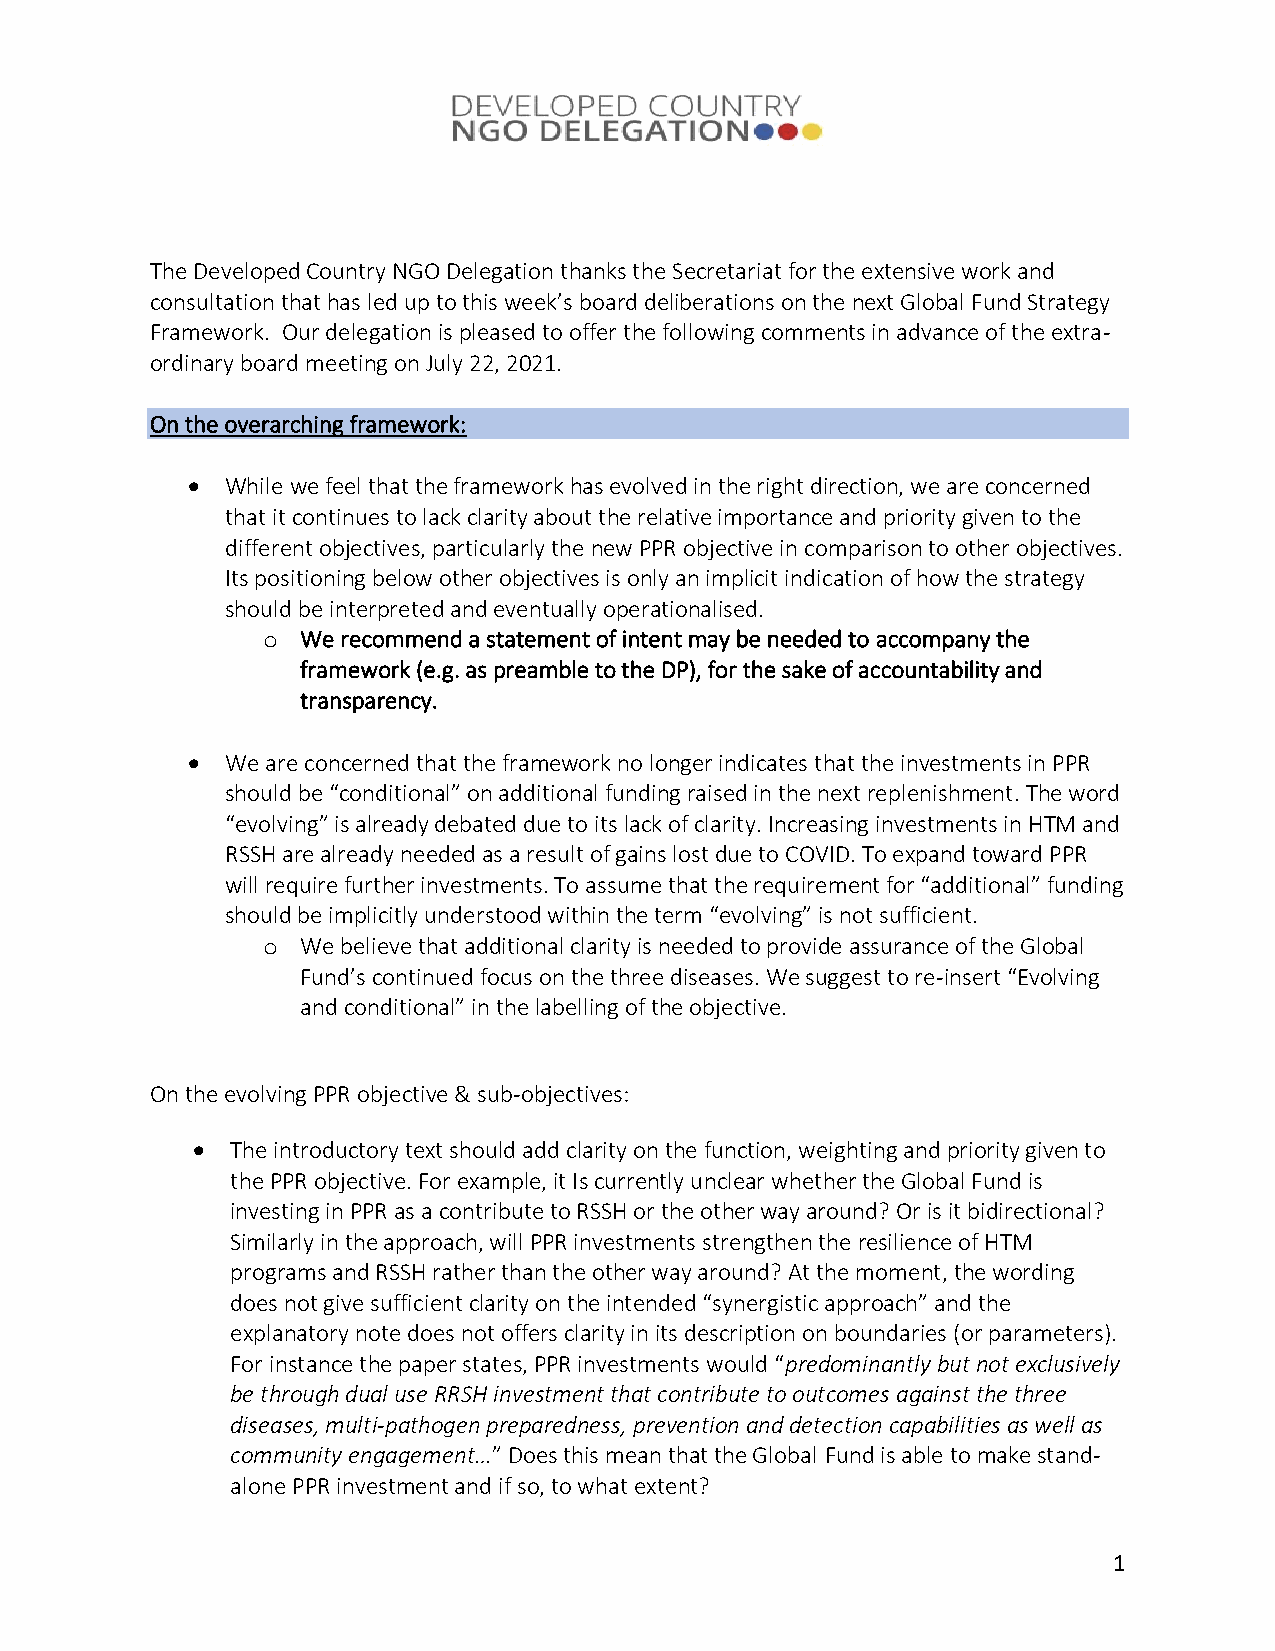
The Developed Country NGO Delegation thanks the Secretariat for the extensive work and
 consultation that has led up to this week’s board deliberations on the next Global Fund Strategy
 Framework. Our delegation is pleased to offer the following comments in advance of the extra-
 ordinary board meeting on July 22, 2021.
 On the overarching framework:
 •  While we feel that the framework has evolved in the right direction, we are concerned
 that it continues to lack clarity about the relative importance and priority given to the
 different objectives, particularly the new PPR objective in comparison to other objectives.
 Its positioning below other objectives is only an implicit indication of how the strategy
 should be interpreted and eventually operationalised.
 o  We recommend a statement of intent may be needed to accompany the
 framework (e.g. as preamble to the DP), for the sake of accountability and
 transparency.
 •  We are concerned that the framework no longer indicates that the investments in PPR
 should be “conditional” on additional funding raised in the next replenishment. The word
 “evolving” is already debated due to its lack of clarity. Increasing investments in HTM and
 RSSH are already needed as a result of gains lost due to COVID. To expand toward PPR
 will require further investments. To assume that the requirement for “additional” funding
 should be implicitly understood within the term “evolving” is not sufficient.
 o  We believe that additional clarity is needed to provide assurance of the Global
 Fund’s continued focus on the three diseases. We suggest to re-insert “Evolving
 and conditional” in the labelling of the objective.
 On the evolving PPR objective & sub-objectives:
 • The introductory text should add clarity on the function, weighting and priority given to
 the PPR objective. For example, it Is currently unclear whether the Global Fund is
 investing in PPR as a contribute to RSSH or the other way around? Or is it bidirectional?
 Similarly in the approach, will PPR investments strengthen the resilience of HTM
 programs and RSSH rather than the other way around? At the moment, the wording
 does not give sufficient clarity on the intended “synergistic approach” and the
 explanatory note does not offers clarity in its description on boundaries (or parameters).
 For instance the paper states, PPR investments would “predominantly but not exclusively
 be through dual use RRSH investment that contribute to outcomes against the three
 diseases, multi-pathogen preparedness, prevention and detection capabilities as well as
 community engagement…” Does this mean that the Global Fund is able to make stand-
 alone PPR investment and if so, to what extent?
 1